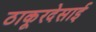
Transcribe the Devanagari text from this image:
ठाकूरदेसाई